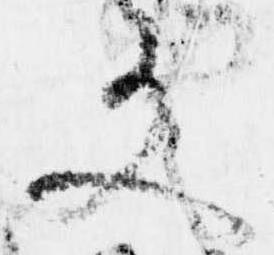
文